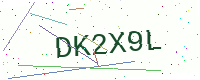
Text: DK2X9L